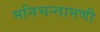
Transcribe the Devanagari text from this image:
मनिचन्तामणी